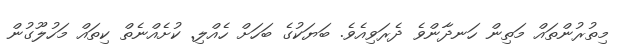
މިތުރުންތައް މަތިން ހަނދާންވެ ދެރަވިއެވެ. ބަޔަކުގެ ބަހަށް ހެއްލި